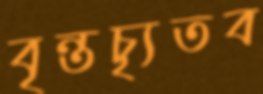
বৃন্তচ্যৃতব